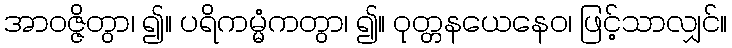
အာဝဇ္ဇိတွာ၊ ၍။ ပရိကမ္မံကတွာ၊ ၍။ ဝုတ္တနယေနေဝ၊ ဖြင့်သာလျှင်။